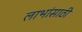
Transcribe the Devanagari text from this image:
लाभांसाठी